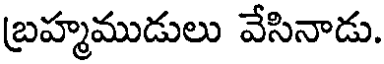
బ్రహ్మముడులు వేసినాడు.